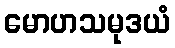
မောဟသမုဒယံ